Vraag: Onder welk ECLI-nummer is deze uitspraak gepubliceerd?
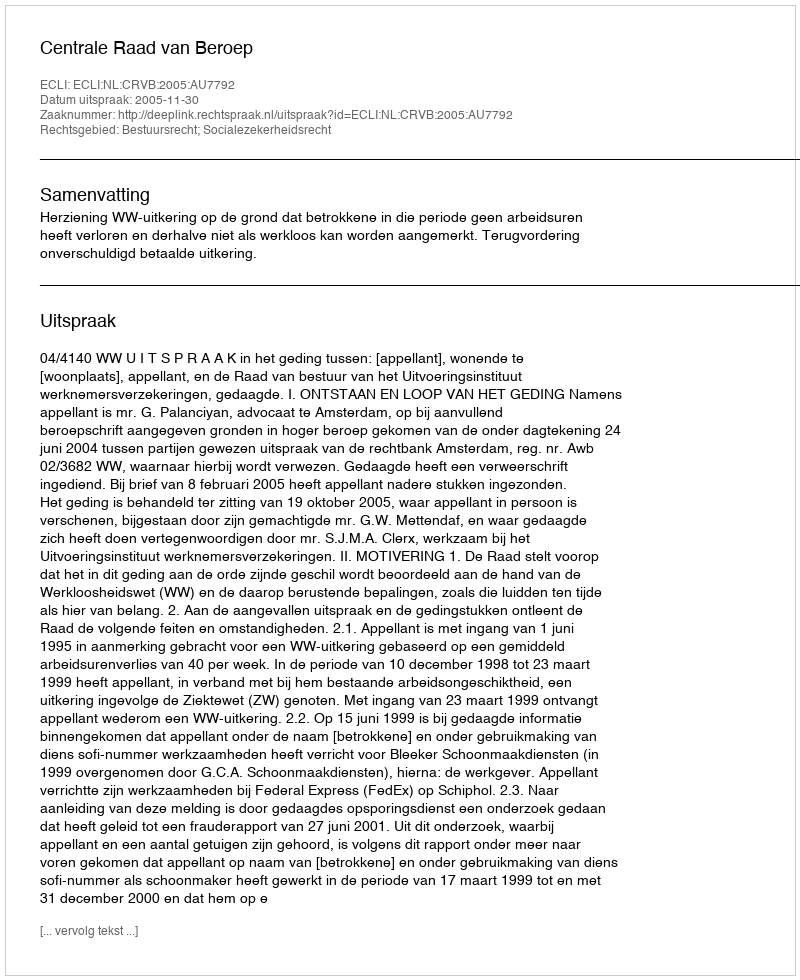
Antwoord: ECLI:NL:CRVB:2005:AU7792